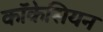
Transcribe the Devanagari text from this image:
कॉकेसियन